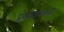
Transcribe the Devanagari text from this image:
प्रबन्धात्मकता